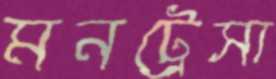
মনট্রেসা